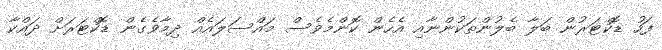
ފަހު ޑޮކްޓަރުން ބަލާ ބެލުންތަކުންނާއި އެހެން ކޮންމެވެސް މައްސަލައެއް ދިމާވެގެން ޑޮކްޓަރަށް ދައްކާ